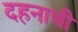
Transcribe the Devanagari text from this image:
दहनाची